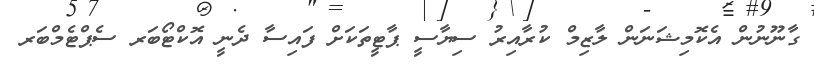
ގާނޫނުން އެކޮމިޝަނަން ލާޒިމް ކުރާއިރު ސިޔާސީ ޕާޓީތަކަށް ފައިސާ ދެނީ އޮކްޓޯބަރ ސެޕްޓެމްބަރ